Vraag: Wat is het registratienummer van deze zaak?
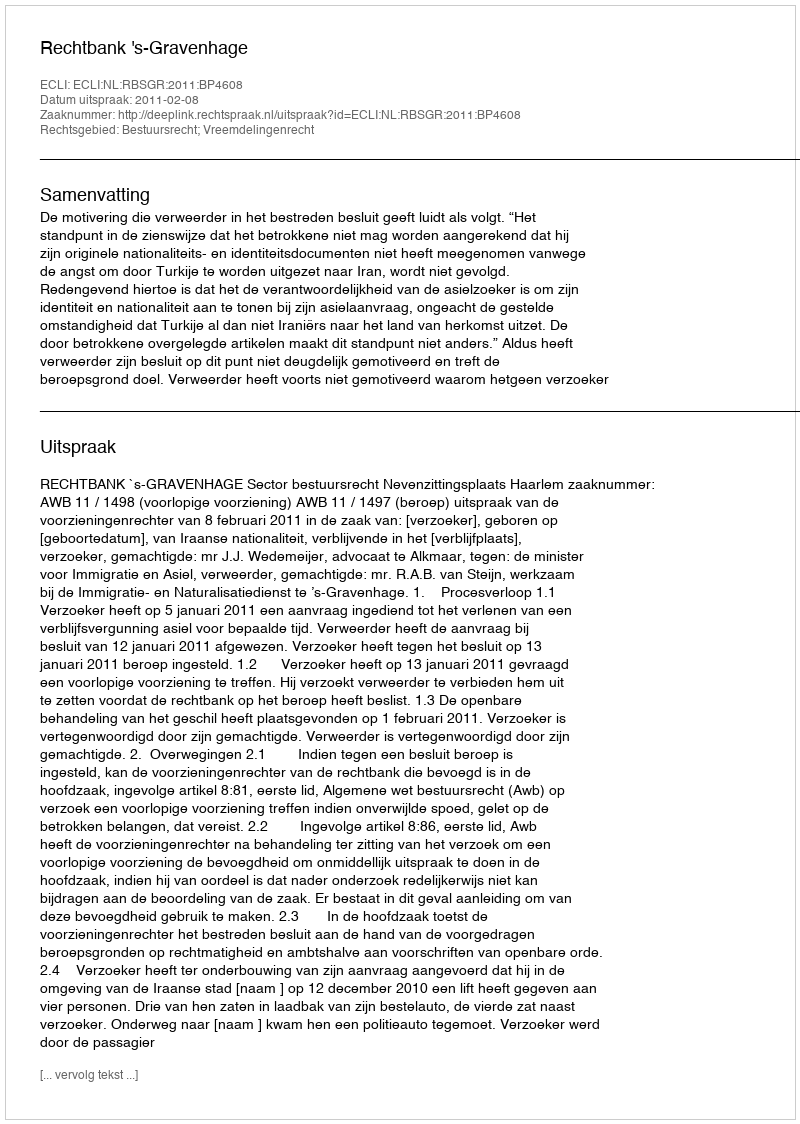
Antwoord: http://deeplink.rechtspraak.nl/uitspraak?id=ECLI:NL:RBSGR:2011:BP4608